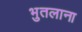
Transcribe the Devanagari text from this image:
भुतलाना